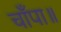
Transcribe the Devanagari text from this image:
चाँपा॥